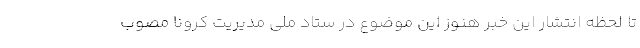
تا لحظه انتشار این خبر هنوز این موضوع در ستاد ملی مدیریت کرونا مصوب